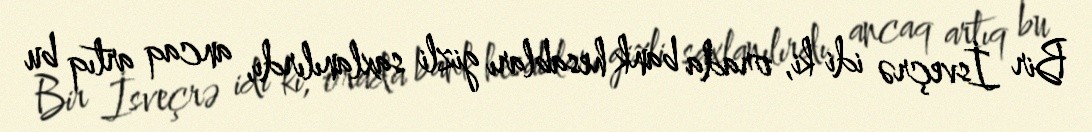
Bir İsveçrə idi ki, orada bank hesabları gizli saxlanılırdı, ancaq artıq bu